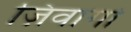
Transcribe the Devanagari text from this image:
ज़िवागो